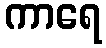
ကာရေ